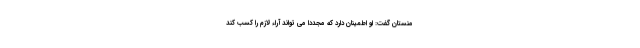
منستان گفت: او اطمینان دارد که مجددا می تواند آراء لازم را کسب کند